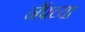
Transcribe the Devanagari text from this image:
नॅपच्या